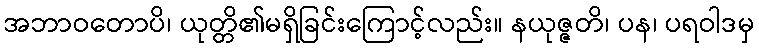
အဘာဝတောပိ၊ ယုတ္တိ၏မရှိခြင်းကြောင့်လည်း။ နယုဇ္ဇတိ၊ ပန၊ ပရဝါဒမှ